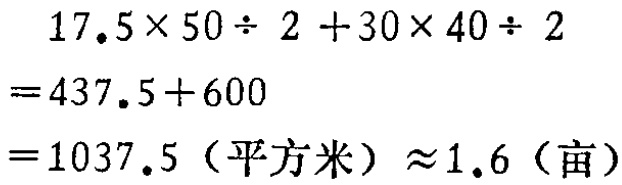
\[

\begin{align*}

&17.5\times50\div2 + 30\times40\div2\\

=&437.5 + 600\\

=&1037.5 \text{（平方米）} \approx 1.6 \text{（亩）}

\end{align*}

\]